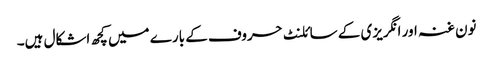
نون غنہ اور انگریزی کے سائلنٹ حروف کے بارے میں کچھ اشکال ہیں۔